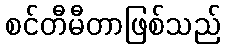
စင်တီမီတာဖြစ်သည်